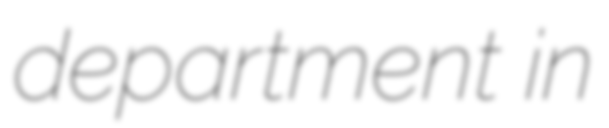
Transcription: department in